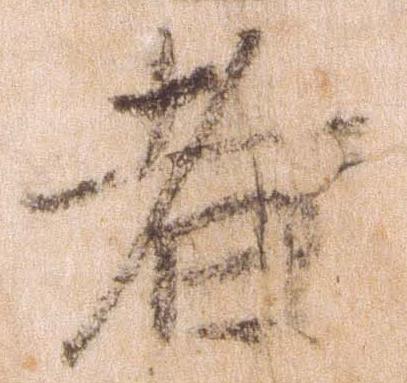
者